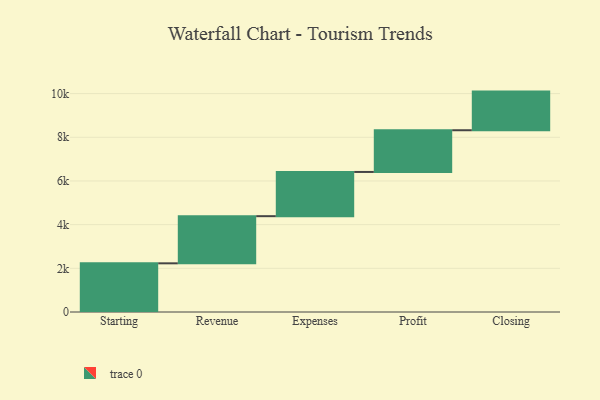
{"axis": {"x": "Step", "y": "Value"}, "legend": [""], "data": [{"x": "Starting", "y": 2229.0, "type": ""}, {"x": "Revenue", "y": 2158.0, "type": ""}, {"x": "Expenses", "y": 2025.0, "type": ""}, {"x": "Profit", "y": 1910.0, "type": ""}, {"x": "Closing", "y": 1769.0, "type": ""}]}